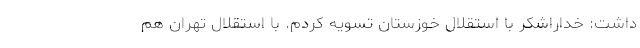
داشت: خداراشکر با استقلال خوزستان تسویه کردم. با استقلال تهران هم